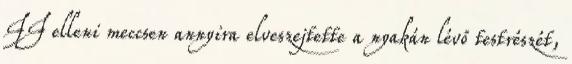
II elleni meccsen annyira elveszejtette a nyakán lévő testrészét,